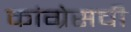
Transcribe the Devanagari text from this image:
कांग्रेसची